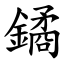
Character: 鐍